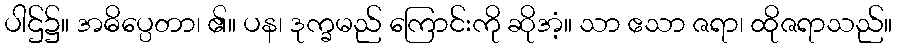
ပါဌ်၌။ အဓိပ္ပေတာ၊ ၏။ ပန၊ ဒုက္ခမည် ကြောင်းကို ဆိုအံ့။ သာ ဧသာ ဇရာ၊ ထိုဇရာသည်။